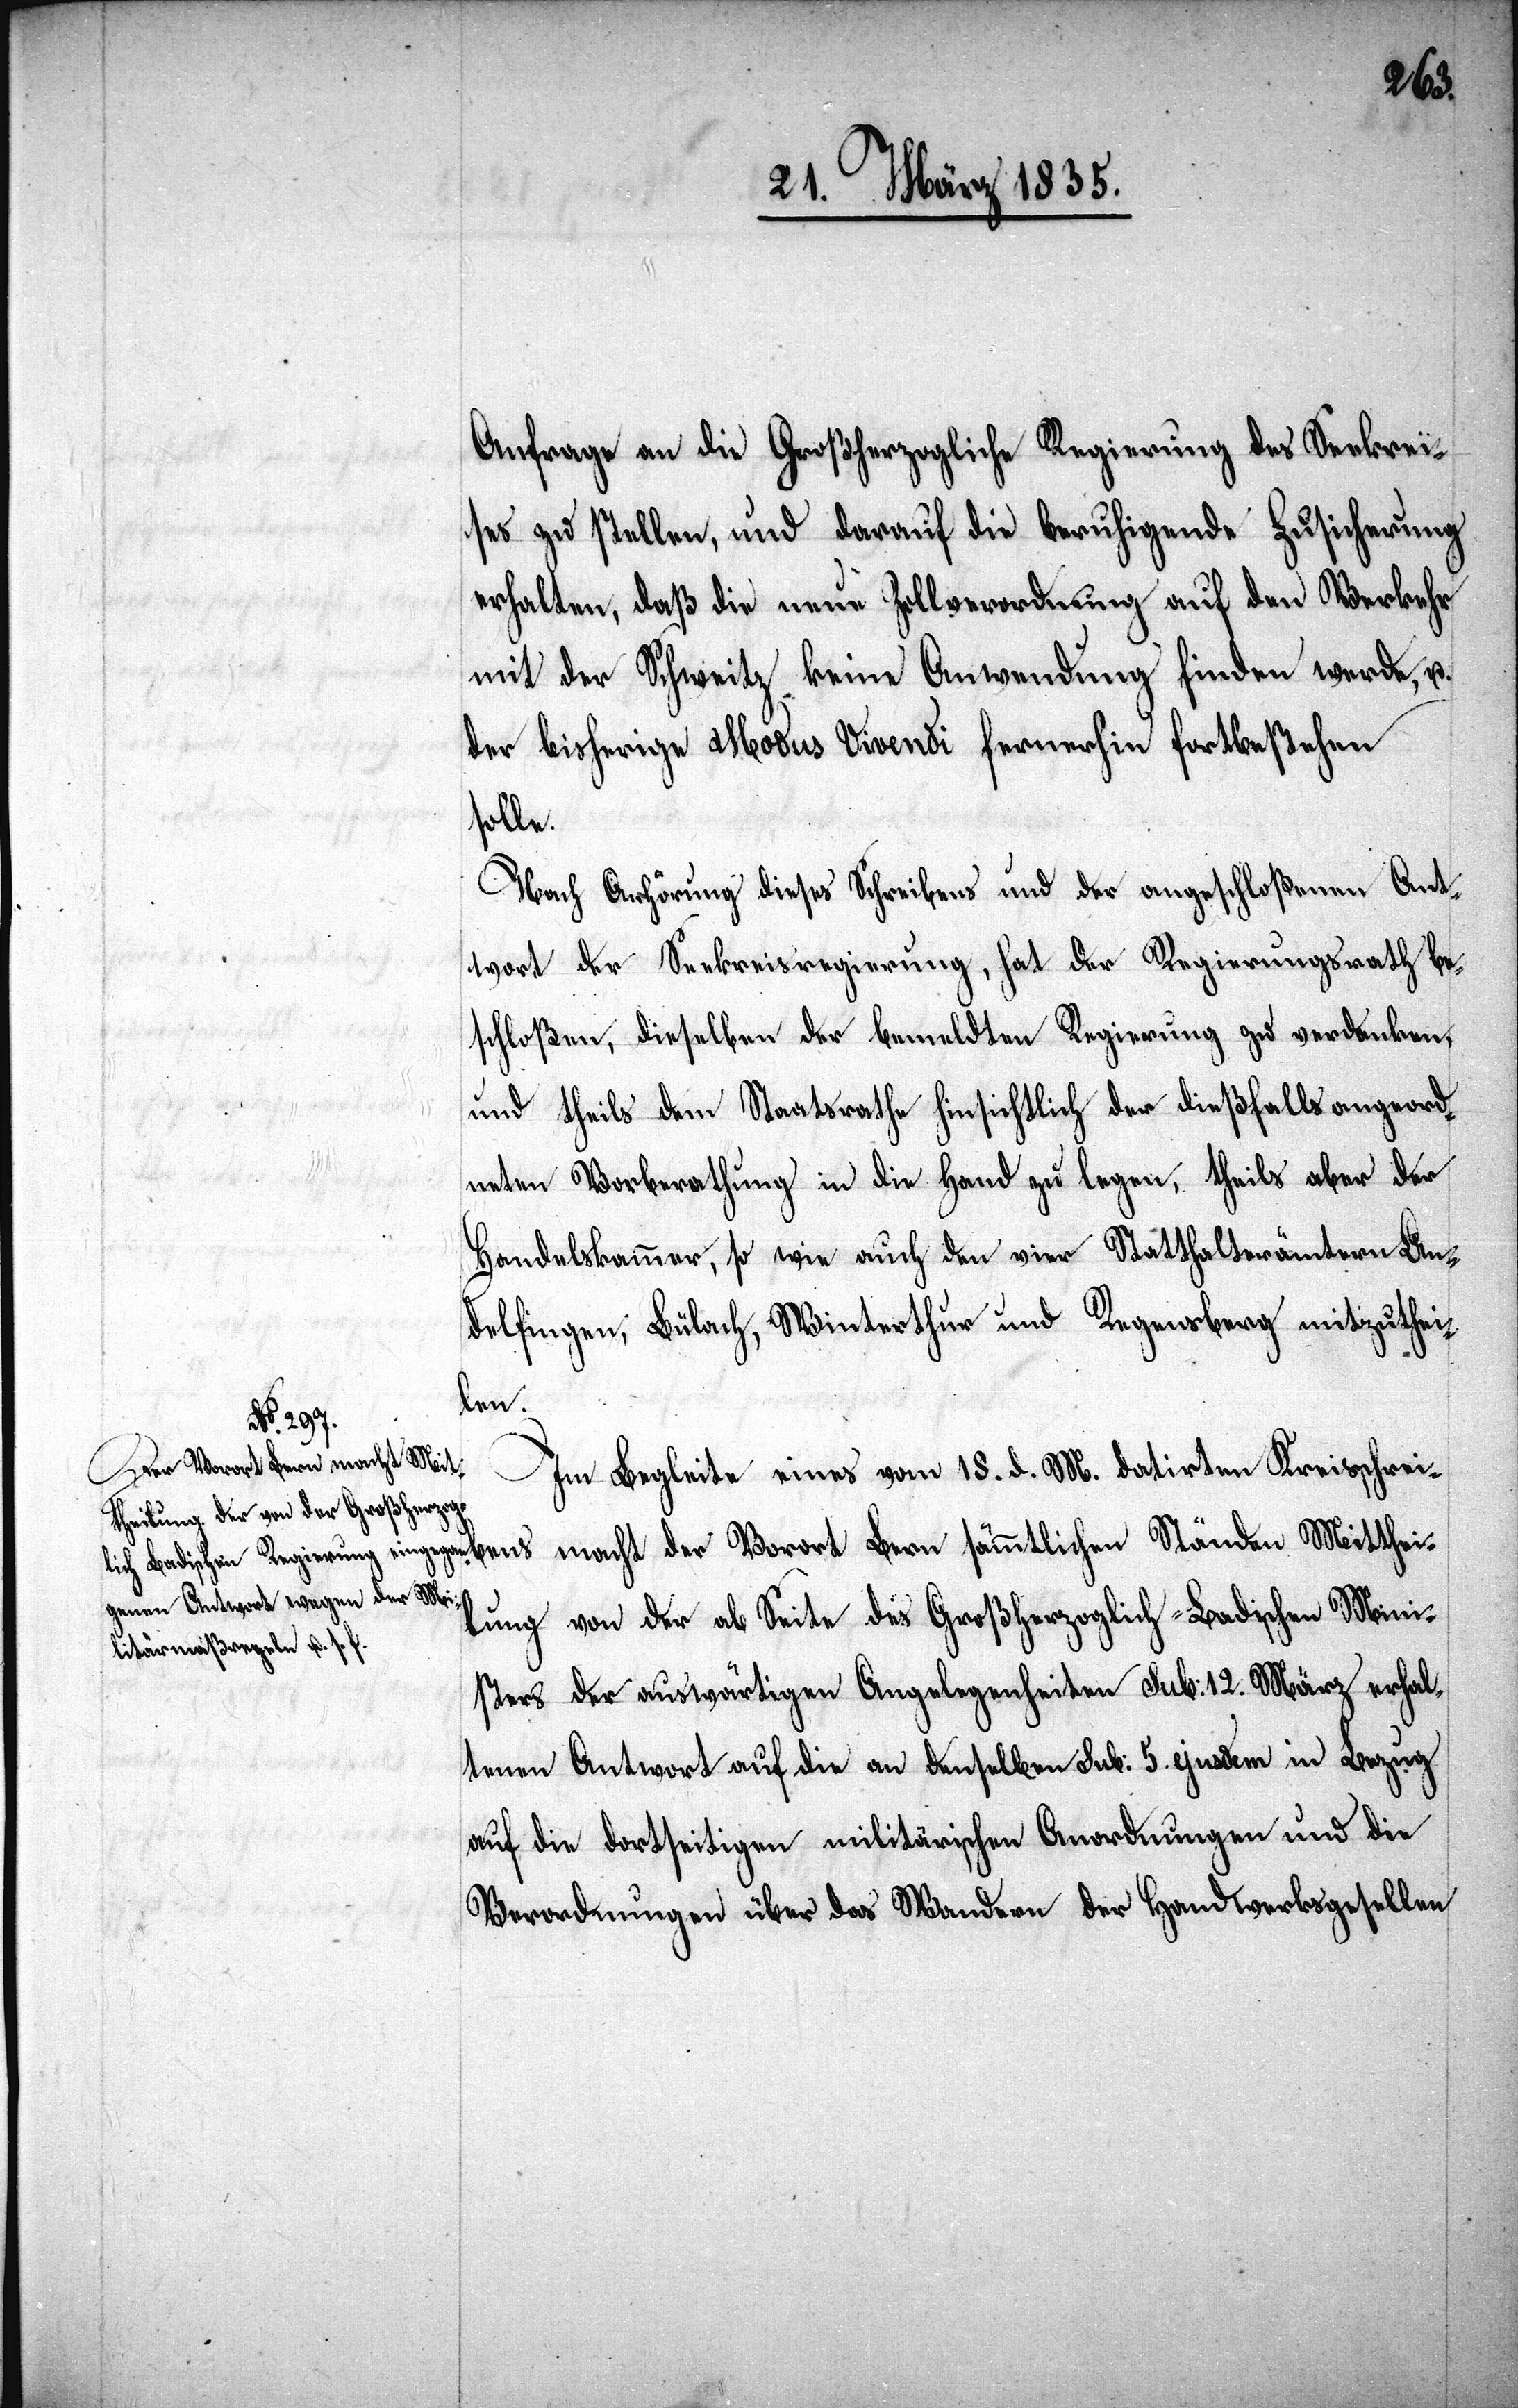
Anfrage an die Großherzogliche Regierung des Seekrei¬
ses zu stellen und darauf die beruhigende Zusicherung
erhalten, daß die neue Zollverordnung auf den Verkehr
mit der Schweitz, keine Anwendung finden werde, u.
der bisherige Modus Vivendi fernerhin fortbestehen
solle.
Nach Anhörung diese Schreibens und der angeschloßenen Ant¬
wort der Seekreisregierung, hat der Regierungsrath be¬
schloßen, dieselben der bemeldten Regierung zu verdanken,
und theils dem Staatsrathe hinsichtlich der dießfalls angeord¬
neten Vorberathung in die Hand zu legen, theils aber der
Handelskammer, so wie auch den vier Statthalterämtern An¬
delfingen, Bülach, Winterthur und Regensberg mitzuthei¬
den
Mitthei¬
der Vorort Bern sämmtlichen Stän¬
Im Begleite eines vom 18. d. M. datirten Kreisschrei¬
lung von der ab Seite des Großherzoglich-Badischen Mini¬
sters der auswärtigen Angelegenheiten sub: 12. März erhal¬
tenen Antwort auf die an denselben sub: 5. ejusdem in Bezug
auf die dortseitigen militärischen Anordnungen und die
Verordnungen über das Wandern der Handwerksgesellen